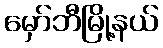
မှော်ဘီမြို့နယ်